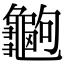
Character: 𪚶